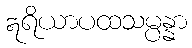
ဣရိယာပထသမ္ပန္နာ